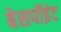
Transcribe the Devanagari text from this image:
बेसपॉइंट